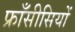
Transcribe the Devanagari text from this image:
फ्राँसीसियों